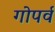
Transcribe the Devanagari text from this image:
गोपर्व